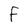
Character: F